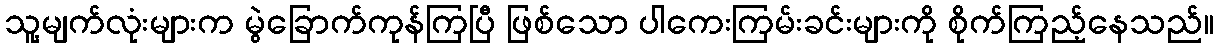
သူ့မျက်လုံးများက မွဲခြောက်ကုန်ကြပြီ ဖြစ်သော ပါကေးကြမ်းခင်းများကို စိုက်ကြည့်နေသည်။